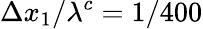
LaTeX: \Delta x_{1}/\lambda^{c}=1/400